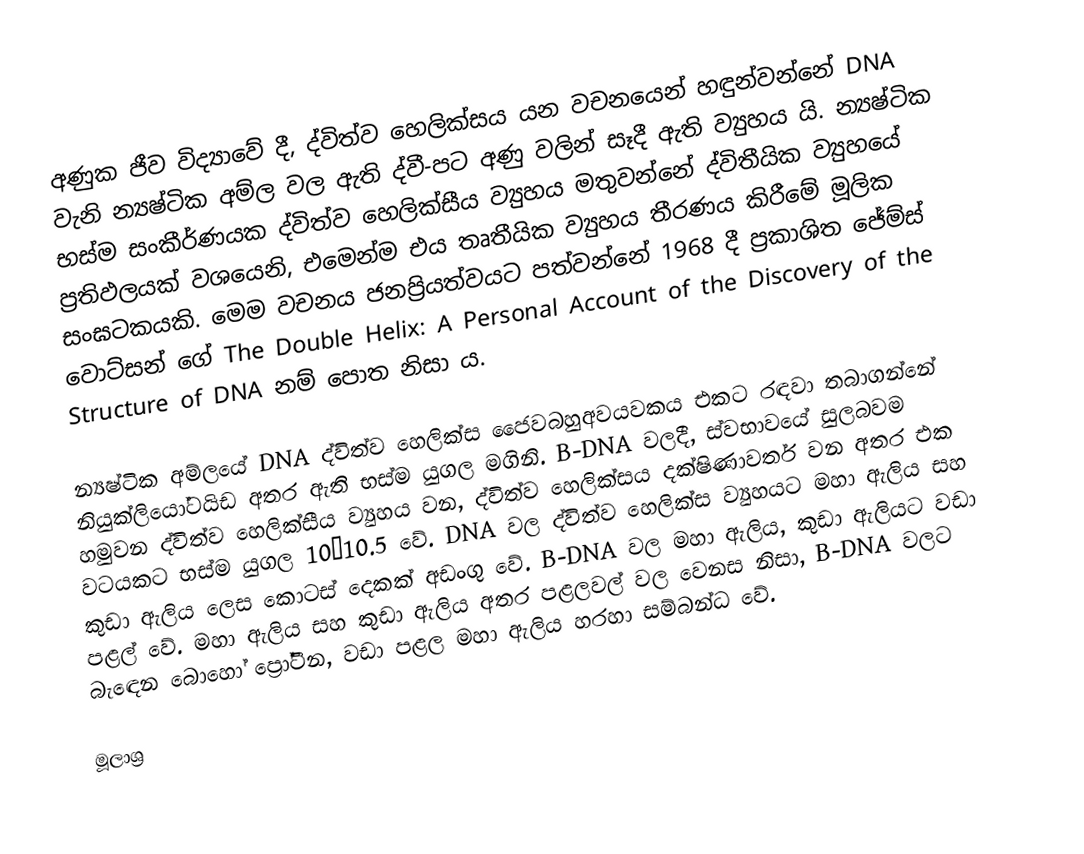
අණුක ජීව විද්‍යාවේ දී, ද්විත්ව හෙලික්සය යන වචනයෙන් හඳුන්වන්නේ DNA වැනි න්‍යෂ්ටික අම්ල වල ඇති ද්වී-පට අණු වලින් සෑදී ඇති ව්‍යුහය යි. න්‍යෂ්ටික භස්ම සංකීර්ණයක ද්විත්ව හෙලික්සීය ව්‍යුහය මතුවන්නේ ද්විතීයික ව්‍යුහයේ ප්‍රතිඵලයක් වශයෙනි, එමෙන්ම එය තෘතීයික ව්‍යුහය තීරණය කිරීමේ මූලික සංඝටකයකි. මෙම වචනය ජනප්‍රියත්වයට පත්වන්නේ 1968 දී ප්‍රකාශිත ජේම්ස් වොට්සන් ගේ The Double Helix: A Personal Account of the Discovery of the Structure of DNA නම් පොත නිසා ය.

න්‍යෂ්ටික අම්ලයේ DNA ද්විත්ව හෙලික්ස ජෛවබහුඅවයවකය එකට රඳවා තබාගන්නේ නියුක්ලියෝටයිඩ අතර ඇති භස්ම යුගල මගිනි. B-DNA වලදී, ස්වභාවයේ සුලබවම හමුවන ද්විත්ව හෙලික්සීය ව්‍යුහය වන, ද්විත්ව හෙලික්සය දක්ෂිණාවර්ත වන අතර එක වටයකට භස්ම යුගල 10–10.5 වේ. DNA වල ද්විත්ව හෙලික්ස ව්‍යුහයට මහා ඇලිය සහ කුඩා ඇලිය ලෙස කොටස් දෙකක් අඩංගු වේ. B-DNA වල මහා ඇලිය, කුඩා ඇලියට වඩා පළල් වේ. මහා ඇලිය සහ කුඩා ඇලිය අතර පළලවල් වල වෙනස නිසා, B-DNA වලට බැඳෙන බොහෝ ප්‍රෝටීන, වඩා පළල මහා ඇලිය හරහා සම්බන්ධ වේ.

මූලාශ්‍ර